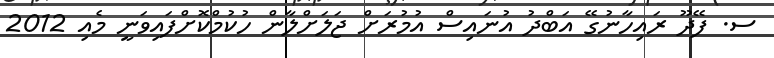
ސ. ފޭދޫ ރައިހާނުގޭ އަބްދު އުނައިސް އުމުރަށް ޖަލަށްލާން ހުކުމްކޮށްފައިވަނީ މެއި 2012